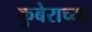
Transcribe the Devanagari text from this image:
कुबेराच्या